Indian journal of veterinary science and animal husbandry - Volume 7,
Year: 1937
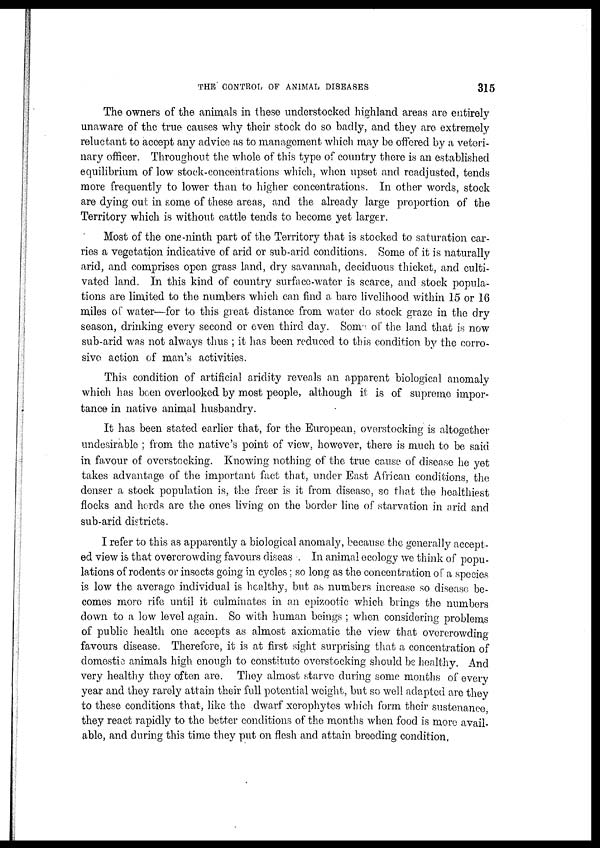
THE CONTROL OF ANIMAL DISEASES
315
The owners of the animals in these understocked highland areas are entirely
unaware of the true causes why their stock do so badly, and they are extremely
reluctant to accept any advice as to management which may be offered by a veteri-
nary officer. Throughout the whole of this type of country there is an established
equilibrium of low stock-concentrations which, when upset and readjusted, tends
more frequently to lower than to higher concentrations. In other words, stock
are dying out in some of these areas, and the already large proportion of the
Territory which is without cattle tends to become yet larger.
Most of the one-ninth part of the Territory that is stocked to saturation car-
ries a vegetation indicative of arid or sub-arid conditions. Some of it is naturally
arid, and comprises open grass land, dry savannah, deciduous thicket, and culti-
vated land. In this kind of country surface-water is scarce, and stock popula-
tions are limited to the numbers which can find a bare livelihood within 15 or 16
miles of water—for to this great distance from water do stock graze in the dry
season, drinking every second or even third day. Some of the land that is now
sub-arid was not always thus ; it has been reduced to this condition by the corro-
sive action of man's activities.
This condition of artificial aridity reveals an apparent biological anomaly
which has been overlooked by most people, although it is of supreme impor-
tance in native animal husbandry.
It has been stated earlier that, for the European, overstocking is altogether
undesirable ; from the native's point of view, however, there is much to be said
in favour of overstocking. Knowing nothing of the true cause of disease he yet
takes advantage of the important fact that, under East African conditions, the
denser a stock population is, the freer is it from disease, so that the healthiest
flocks and herds are the ones living on the border line of starvation in arid and
sub-arid districts.
I refer to this as apparently a biological anomaly, because, the generally accept-
ed view is that overcrowding favours diseas . In animal ecology we think of popu-
lations of rodents or insects going in cycles; so long as the concentration of a species
is low the average individual is healthy, but as numbers increase so disease be-
comes more rife until it culminates in an epizootic which brings the numbers
down to a low level again. So with human beings ; when considering problems
of public health one accepts as almost axiomatic the view that overcrowding-
favours disease. Therefore, it is at first sight surprising that a concentration of
domestic animals high enough to constitute overstocking should be healthy. And
very healthy they often are. They almost starve during some months of every
year and they rarely attain their full potential weight, but so well adapted are they
to these conditions that, like the dwarf xerophytes which form their sustenance
they react rapidly to the better conditions of the months when food is more avail-
able, and during this time they put on flesh and attain breeding condition.